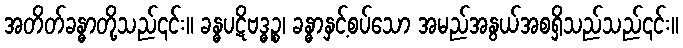
အတိတ်ခန္ဓာတို့သည်၎င်း။ ခန္ဓပဋိဗဒ္ဓဉ္စ၊ ခန္ဓာနှင့်စပ်သော အမည်အနွယ်အစရှိသည်သည်၎င်း။